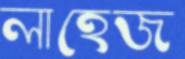
লাহেজ